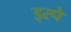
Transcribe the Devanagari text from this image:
इस्पे